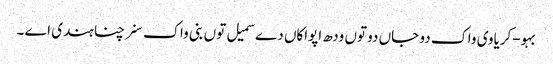
بہو-کریاوی واک دو جاں دو توں ودھ اپواکاں دے سمیل توں بنی واک سنرچنا ہندی اے ۔